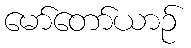
မော်တော်ယာဉ်